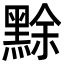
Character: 𪑏